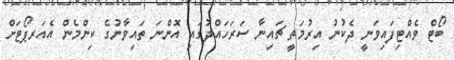
ބޯޓް ވެއްޓިފައިވަނީ ދެކުނު އިރުމަތީ ޗައިނާ ސަރަހައްދުގައި އޮންނަ ތައިވާނުގެ ކިންމެން އެއަރޕޯޓަށް